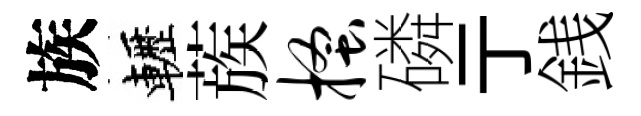
族轣蔟搔磷亍銭